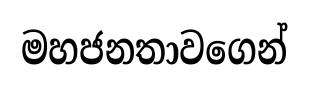
මහජනතාවගෙන්